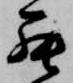
罷